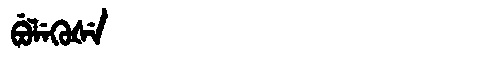
Manchu: ᠪᡠᠯᡝᡴᡠᡧᡝ
Romanization: BULEKUŠE